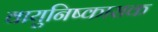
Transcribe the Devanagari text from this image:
वायुनिष्कासक